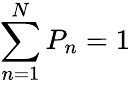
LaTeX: \sum_{n=1}^{N}P_{n}=1